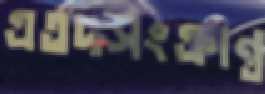
এতদসংক্রান্ত